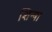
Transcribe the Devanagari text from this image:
शिन्षा